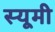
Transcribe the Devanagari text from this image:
स्यूमी